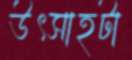
উৎসাহটা